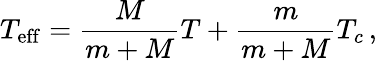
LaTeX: T_{\mathrm{eff}}=\frac{M}{m+M}T+\frac{m}{m+M}T_{c}\, ,